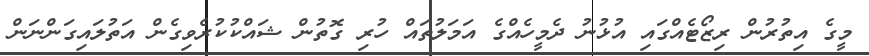
މީގެ އިތުރުން ރިޒޯޓެއްގައި އުޅުނު ދެމީހެއްގެ އަމަލުތައް ހުރި ގޮތުން ޝައްކުކުރެވިގެން އަތުލައިގަންނަން